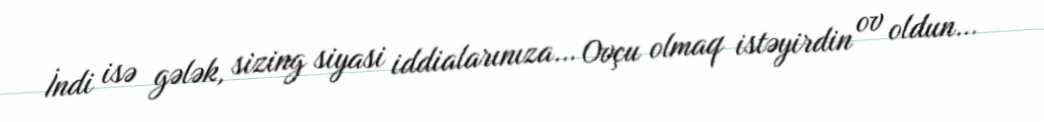
İndi isə gələk, sizing siyasi iddialarınıza… Ovçu olmaq istəyirdin ov oldun…